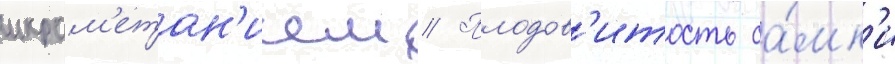
икром'етан'ием // Плодов'итость са́мк'и